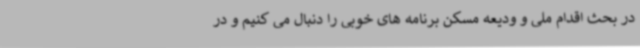
در بحث اقدام ملی و ودیعه مسکن برنامه های خوبی را دنبال می کنیم و در